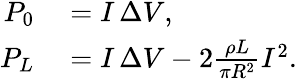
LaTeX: \begin{array}{rl}{P_{0}}&{{}=I\, \Delta V,}\\ {P_{L}}&{{}=I\, \Delta V-2\frac{\rho L}{\pi R^{2}}I^{2}.}\end{array}